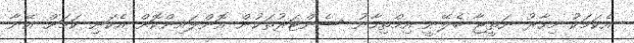
އެކަމަކު މިހާރު ނަތީޖާ ބެލޭނީ އިމްތިހާނު ސެންޓަރުތަކުން އޮންލައިންކޮށް އެކަނި ކަމަށް އޭނާ